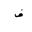
Letter: _fa